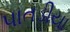
પાતડીયા